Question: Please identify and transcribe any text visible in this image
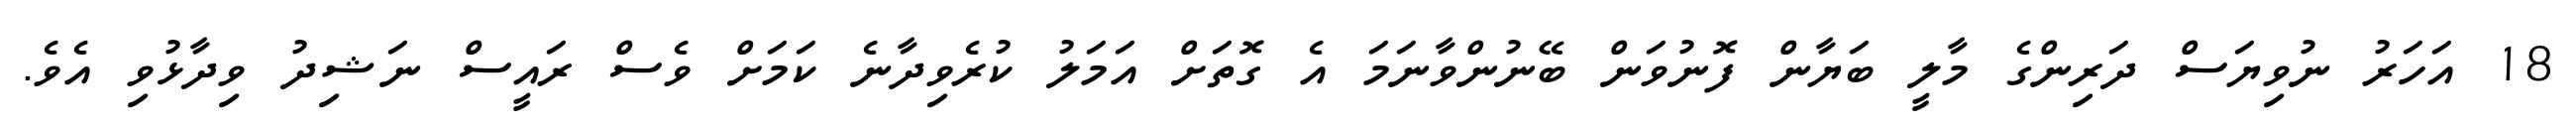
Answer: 18 އަހަރު ނުވިޔަސް ދަރިންގެ މާލީ ބަޔާން ފޮނުވަން ބޭނުންވާނަމަ އެ ގޮތަށް އަމަލު ކުރެވިދާނެ ކަމަށް ވެސް ރައީސް ނަޝިދު ވިދާޅުވި އެވެ.